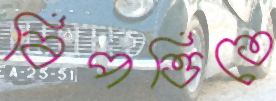
বিপত্তিতে